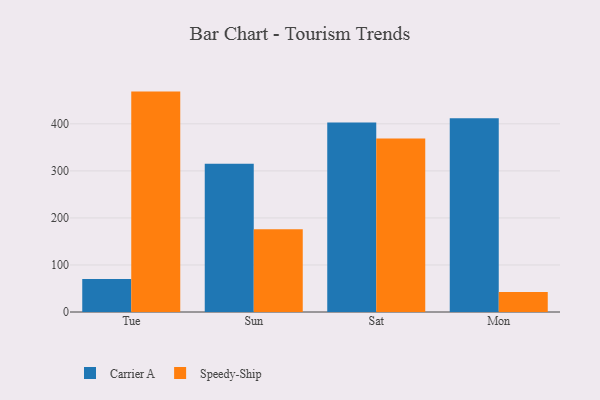
{"axis": {"x": "Day", "y": "Satisfaction Score"}, "legend": ["Carrier A", "Speedy-Ship"], "data": [{"x": "Tue", "y": 70.1, "type": "Carrier A"}, {"x": "Tue", "y": 468.6, "type": "Speedy-Ship"}, {"x": "Sun", "y": 315.0, "type": "Carrier A"}, {"x": "Sun", "y": 175.8, "type": "Speedy-Ship"}, {"x": "Sat", "y": 403.1, "type": "Carrier A"}, {"x": "Sat", "y": 368.7, "type": "Speedy-Ship"}, {"x": "Mon", "y": 411.9, "type": "Carrier A"}, {"x": "Mon", "y": 42.5, "type": "Speedy-Ship"}]}